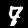
Digit: 7